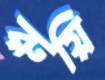
রুয়ি